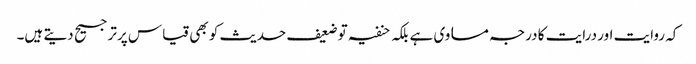
کہ روایت اور درایت کا درجہ مساوی ہے بلکہ حنفیہ توضعیف حدیث کو بھی قیاس پرترجیح دیتے ہیں۔